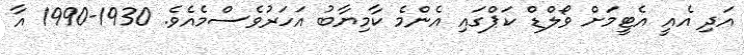
އަދި އެއީ އެޓީމަށް ވޯލްޑް ކަޕްގައި އެންމެ ކާމިޔާބު އަހަރުވެސްމެއެވެ. 1930-1990 އާ